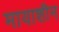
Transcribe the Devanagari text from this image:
मायाशीन